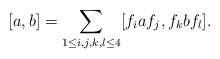
\begin{align*}[a,b]=\sum_{1\leq i,j,k,l\leq 4}[f_iaf_j,f_kbf_l].\end{align*}